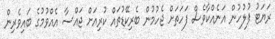
ރަޔަޓު ފުލުހުން އަނެއްކާވެސް ފަހަތަށް ޖެހުމުން ބެރިކޭޑުތައް ކުރިއަށް ޖައްސާ އެއްވުމުގެ ބައިވެރިން